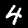
Label: 4